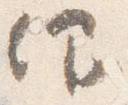
仰